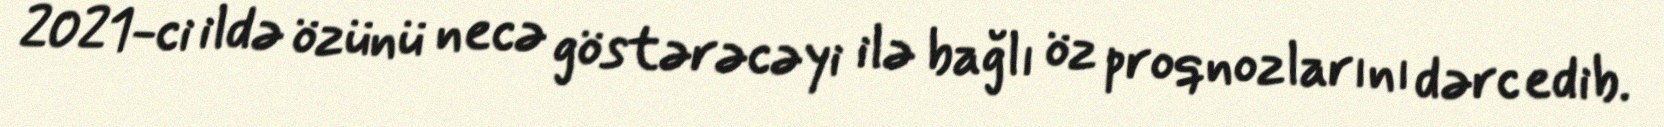
2021-ci ildə özünü necə göstərəcəyi ilə bağlı öz proqnozlarını dərc edib.